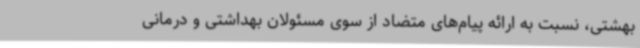
بهشتی، نسبت به ارائه پیام‌های متضاد از سوی مسئولان بهداشتی و درمانی